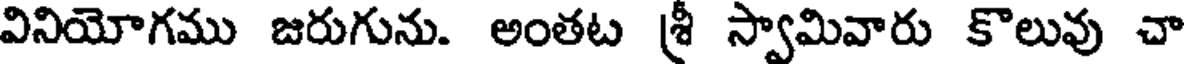
వినియోగము జరుగును. అంతట శ్రీ స్వామివారు కొలువు చా